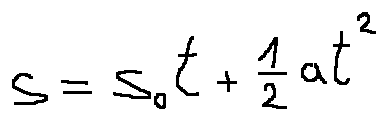
s = s _ { 0 } t + \frac { 1 } { 2 } a t ^ { 2 }